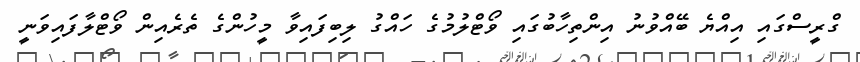
ގްރީސްގައި އިއްޔެ ބޭއްވުނު އިންތިހާބުގައި ވޯޓްލުމުގެ ހައްގު ލިބިފައިވާ މީހުންގެ ތެރެއިން ވޯޓްލާފައިވަނީ